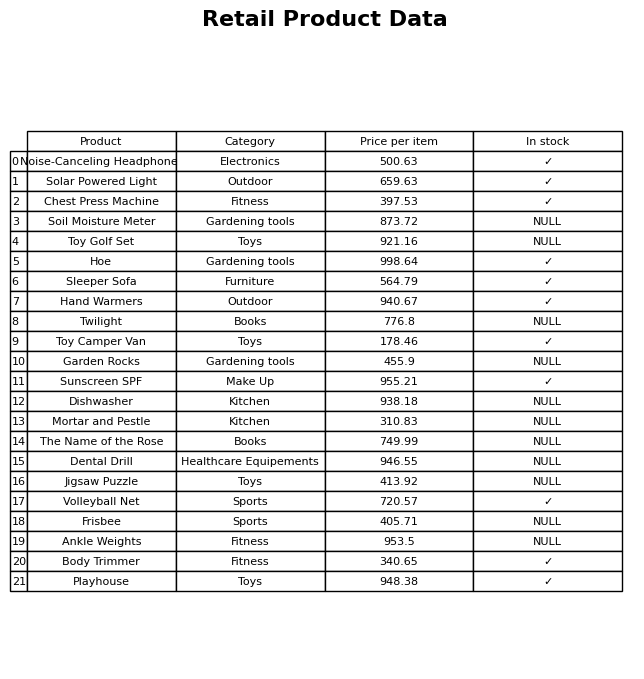
question: What is the stock status of the Hand Warmers?
answer: ✓